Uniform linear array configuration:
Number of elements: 16
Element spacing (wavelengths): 1
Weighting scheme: binomial
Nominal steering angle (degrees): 60
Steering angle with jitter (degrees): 61.153
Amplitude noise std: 0.05
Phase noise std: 0.05

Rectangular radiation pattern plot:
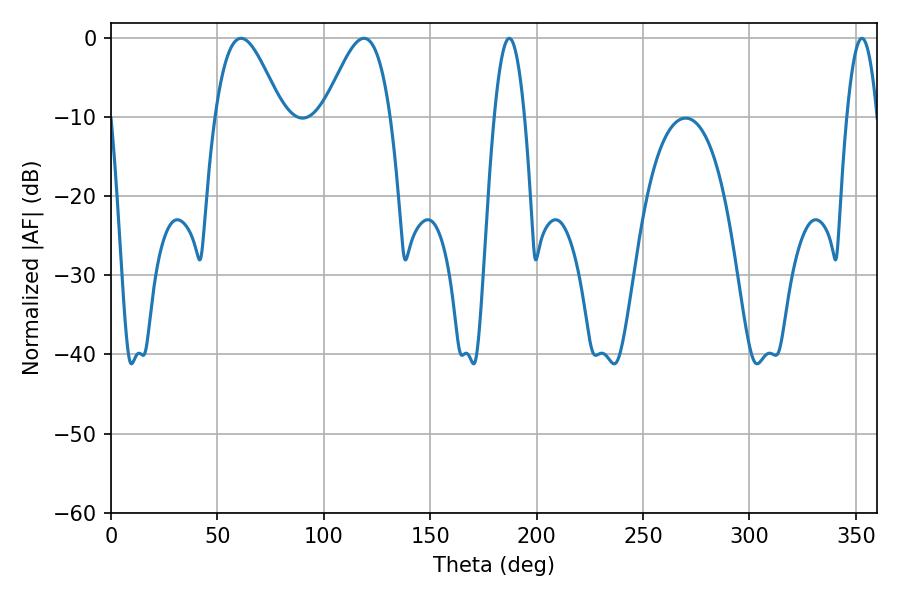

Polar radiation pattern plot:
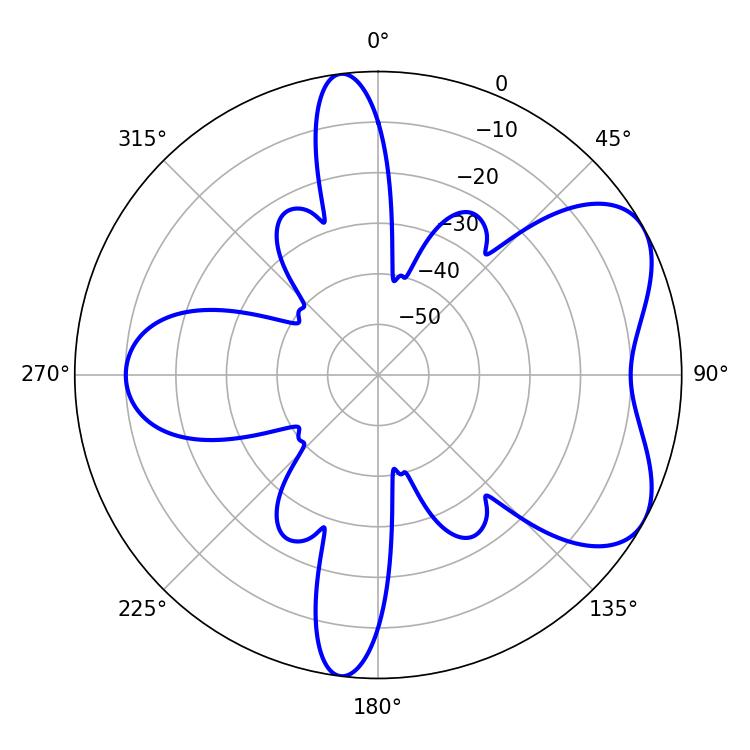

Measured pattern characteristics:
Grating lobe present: TRUE
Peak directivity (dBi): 5.833
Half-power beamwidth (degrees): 16.56
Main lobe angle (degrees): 61.2